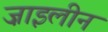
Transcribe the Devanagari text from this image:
ज़ाइलीन